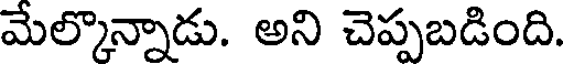
మేల్కొన్నాడు. అని చెప్పబడింది.